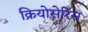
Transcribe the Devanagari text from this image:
क्रियोसेरिस